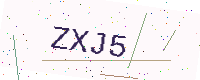
Text: ZXJ5